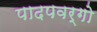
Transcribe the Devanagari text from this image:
पादपवर्गो